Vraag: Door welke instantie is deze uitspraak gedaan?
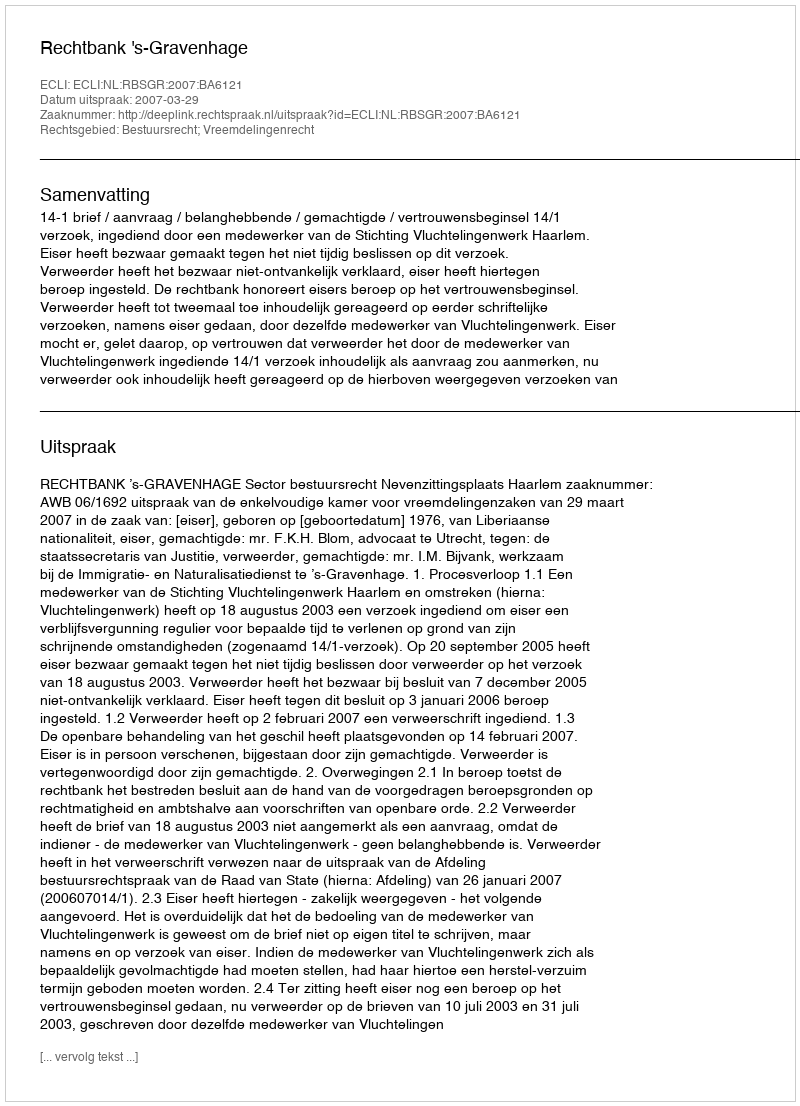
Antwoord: Rechtbank 's-Gravenhage